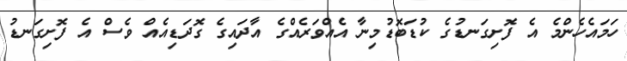
ހަމައެހެންމެ އެ ފޮށިގަނޑުގެ ކުޑަބޮޑުމިނާ އެއްވަރެއްގެ އާދައިގެ ގޮދަޑިއެއް ވެސް އެ ފޮށިގަނޑު